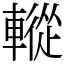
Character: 䡮